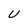
Character: U